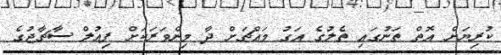
ކުރިޔަށް އޮތް ތަނުގައި ތެލުގެ އަގު މައްޗަށް ދާ މިންވަރަކަށް ފިއުލް ސާޗާޖުގެ